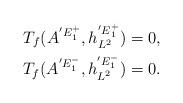
LaTeX: \begin{align*}T_{f}(A^{{'E}^{+}_{1}}, h^{{'E}^{+}_{1}}_{L^{2}})=0,\\T_{f}(A^{{'E}^{-}_{1}}, h^{{'E}^{-}_{1}}_{L^{2}})=0.\end{align*}